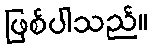
ဖြစ်ပါသည်။